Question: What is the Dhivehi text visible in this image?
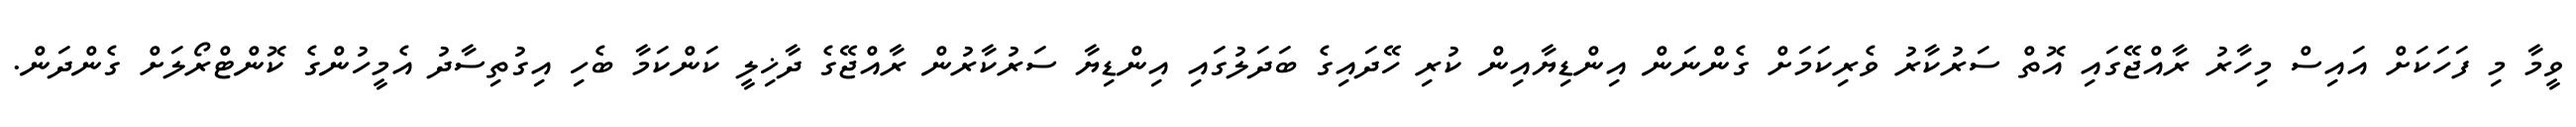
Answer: ވީމާ މި ފަހަކަށް އައިސް މިހާރު ރާއްޖޭގައި އޮތް ސަރުކާރު ވެރިކަމަށް ގެންނަން އިންޑިޔާއިން ކުރި ހޭދައިގެ ބަދަލުގައި އިންޑިޔާ ސަރުކާރުން ރާއްޖޭގެ ދާޚިލީ ކަންކަމާ ބެހި އިގުތިސާދު އެމީހުންގެ ކޮންޓްރޯލަށް ގެންދަން.